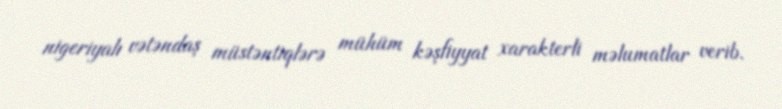
nigeriyalı vətəndaş müstəntiqlərə mühüm kəşfiyyat xarakterli məlumatlar verib.